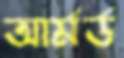
আর্মর্ড